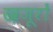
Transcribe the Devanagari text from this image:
ख़जूरों